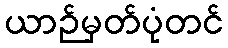
ယာဉ်မှတ်ပုံတင်